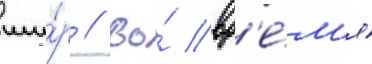
ши́р // Во́ вр'е́м'я